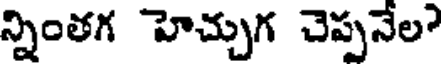
న్నింతగ హెచ్చుగ చెప్పనేల?